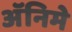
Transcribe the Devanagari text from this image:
अॅनिमे